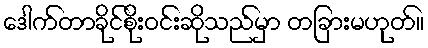
ဒေါက်တာခိုင်စိုးဝင်းဆိုသည်မှာ တခြားမဟုတ်။